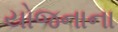
યોજનાના